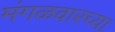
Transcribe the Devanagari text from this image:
मंगळवारच्या